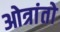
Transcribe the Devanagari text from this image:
ओत्रांतो